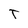
Character: T